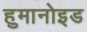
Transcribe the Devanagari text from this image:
हुमानोइड